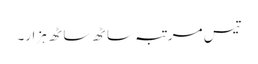
تیس مرتبہ ساٹھ ساٹھ ہزار۔